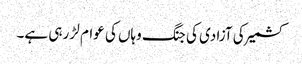
کشمیر کی آزادی کی جنگ وہاں کی عوام لڑ رہی ہے۔